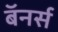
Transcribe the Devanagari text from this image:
बॅनर्स